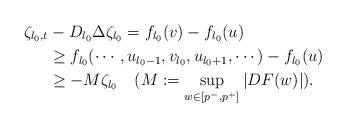
LaTeX: \begin{align*}\zeta_{l_0,t}&-D_{l_0}\Delta \zeta_{l_0}=f_{l_0}(v)-f_{l_0}(u)\\&\geq f_{l_0}(\cdots,u_{l_0-1},v_{l_0},u_{l_0+1},\cdots)-f_{l_0}(u)\\&\geq-M\zeta_{l_0}\ \ \ (M:=\sup_{w\in[p^-,p^+]}|DF(w)|).\end{align*}